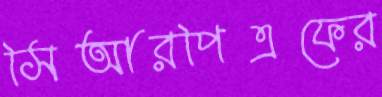
সিআরপিএফের